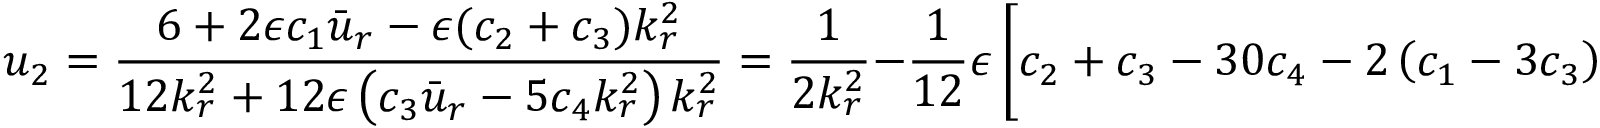
u _ { 2 } = \frac { 6 + 2 \epsilon c _ { 1 } \bar { u } _ { r } - \epsilon ( c _ { 2 } + c _ { 3 } ) k _ { r } ^ { 2 } } { 1 2 k _ { r } ^ { 2 } + 1 2 \epsilon \left( c _ { 3 } \bar { u } _ { r } - 5 c _ { 4 } k _ { r } ^ { 2 } \right) k _ { r } ^ { 2 } } = \frac { 1 } { 2 k _ { r } ^ { 2 } } - \frac { 1 } { 1 2 } \epsilon \left[ c _ { 2 } + c _ { 3 } - 3 0 c _ { 4 } - 2 \left( c _ { 1 } - 3 c _ { 3 } \right) \frac { \bar { u } _ { r } } { k _ { r } ^ { 2 } } \right] + O \left( \epsilon ^ { 2 } \right) .